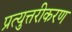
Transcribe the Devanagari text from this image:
प्रत्युत्तरीकरण